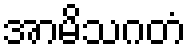
အာမိသဂတံ